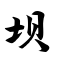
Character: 坝